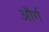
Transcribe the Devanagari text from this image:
और्ग